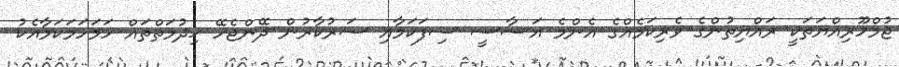
ޖުމްހޫރިއްޔަތަކީ ރައްޔިތުންގެ ވެރިކަމެއްގެ އެންމެ އަސާސީ ސިފަކަމާއި ސަރުކާރުން ދޭންޖެހޭ ޚިދުމަތްތައް ހަމަހަމަކަމާއެކު